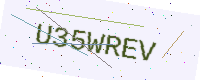
Text: U35WREV